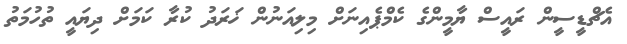
އެޗްޑީސީން ރައީސް ޔާމީންގެ ކެމްޕެއިނަށް މިލިއަނުން ޚަރަދު ކުރާ ކަމަށް ދިޔައީ ތުހުމަތު